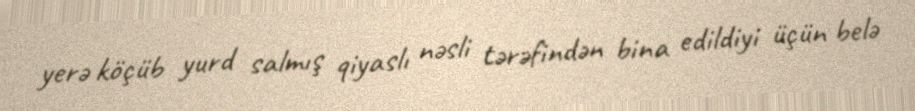
yerə köçüb yurd salmış qiyaslı nəsli tərəfindən bina edildiyi üçün belə